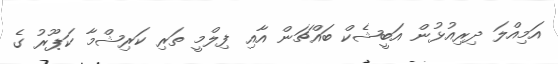
އަމިއްލަ ދިރިއުޅުން އަބީޝެކް ބައްޗަން އާއި ފިލްމީ ތަރި ކަރިޝްމާ ކަޕޫރު ގެ